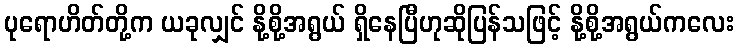
ပုရောဟိတ်တို့က ယခုလျှင် နို့စို့အရွယ် ရှိနေပြီဟုဆိုပြန်သဖြင့် နို့စို့အရွယ်ကလေး